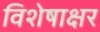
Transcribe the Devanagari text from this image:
विशेषाक्षर